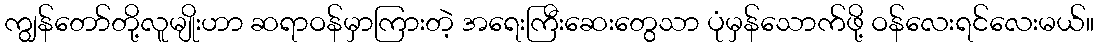
ကျွန်တော်တို့လူမျိုးဟာ ဆရာဝန်မှာကြားတဲ့ အရေးကြီးဆေးတွေသာ ပုံမှန်သောက်ဖို့ ဝန်လေးရင်လေးမယ်။